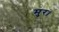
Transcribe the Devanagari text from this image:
मुर।